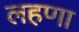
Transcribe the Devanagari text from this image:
लहणा